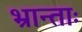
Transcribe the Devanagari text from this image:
भ्रान्ताः